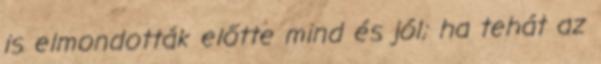
is elmondották előtte mind és jól; ha tehát az